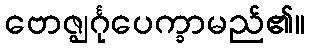
ဗောဇ္ဈင်္ဂုပေက္ခာမည်၏။